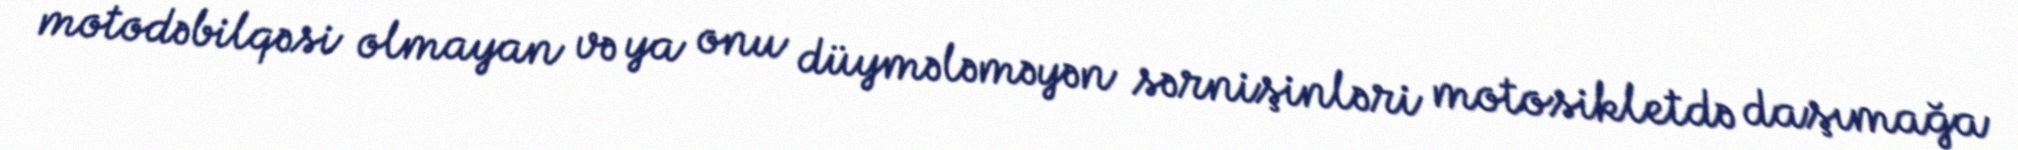
motodəbilqəsi olmayan və ya onu düymələməyən sərnişinləri motosikletdə daşımağa